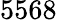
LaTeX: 5568